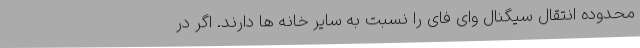
محدوده انتقال سیگنال وای فای را نسبت به سایر خانه ها دارند. اگر در